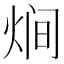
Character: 𭴳